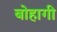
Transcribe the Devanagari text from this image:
बोहागी